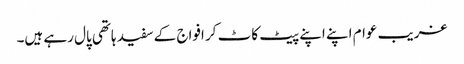
غریب عوام اپنے اپنے پیٹ کاٹ کر افواج کے سفید ہاتھی پال رہے ہیں۔